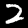
Digit: 2